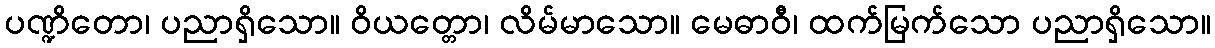
ပဏ္ဍိတော၊ ပညာရှိသော။ ဝိယတ္တော၊ လိမ်မာသော။ မေဓာဝီ၊ ထက်မြက်သော ပညာရှိသော။